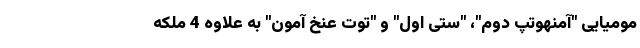
مومیایی "آمنهوتپ دوم"، "ستی اول" و "توت عنخ آمون" به علاوه 4 ملکه